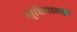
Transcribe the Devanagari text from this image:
सृष्टिपालक